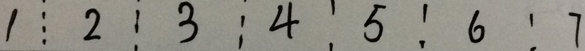
1 \vdots 2 \vdots 3 : 4 5 : 6 : 7